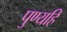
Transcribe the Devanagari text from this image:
पुण्यहि